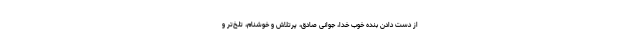
از دست دادنِ بنده خوب خدا، جوانی صادق، پرتلاش و خوشنام، تلخ‌تر و